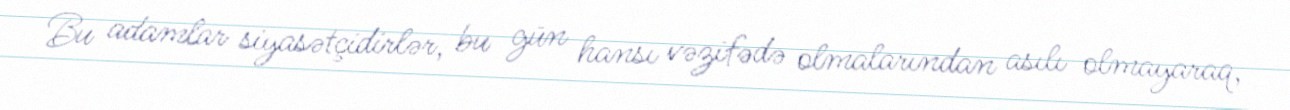
Bu adamlar siyasətçidirlər, bu gün hansı vəzifədə olmalarından asılı olmayaraq,